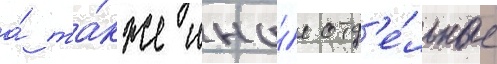
а́ та́кже ины́е отд'е́льные